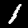
Label: 1